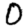
Digit: 0